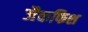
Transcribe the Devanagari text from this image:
जैकफिश